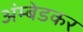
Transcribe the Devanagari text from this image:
अंम्बेडकर